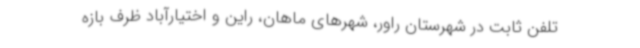
تلفن ثابت در شهرستان راور، شهرهای ماهان، راین و اختیارآباد ظرف بازه